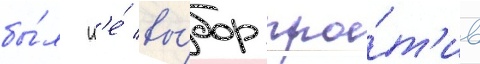
бы́л н'е́ вы́бор про́т'ив